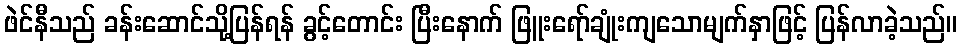
ဖဲင်နီသည် ခန်းဆောင်သို့ပြန်ရန် ခွင့်တောင်း ပြီးနောက် ဖြူးရော်ချုံးကျသောမျက်နှာဖြင့် ပြန်လာခဲ့သည်။